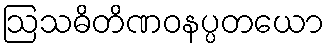
ဩသဓိတိဏဝနပ္ပတယော